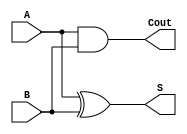
//Modulo de descripcion del circuito medio sumador
//Usando puertas logicas

module medio_sumador(
    input A,
    input B,
    output S,
    output Cout);
        xor (S,A,B);
        and (Cout,A,B);
endmodule